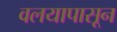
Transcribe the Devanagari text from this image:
वलयापासून